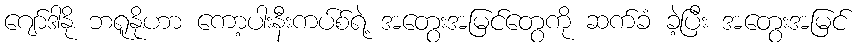
ဂျော်ဒါနို ဘရူနိုဟာ ကော့ပါးနီးကပ်စ်ရဲ့ အတွေးအမြင်တွေကို ဆက်ခံ ခဲ့ပြီး အတွေးအမြင်